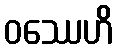
ဝဿေဟိ